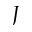
J